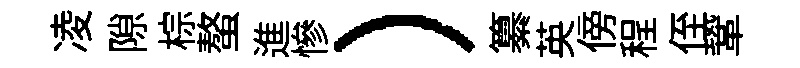
凌隙棕螯進慘）纂英傍程侄鞏